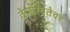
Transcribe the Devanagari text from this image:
तेजस्वितेवर